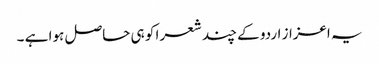
یہ اعزاز اردو کے چند شعرا کو ہی حاصل ہوا ہے ۔